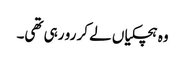
وہ ہچکیاں لے کر رو رہی تھی۔